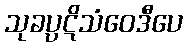
သုခပ္ပဋိသံဝေဒီပေ